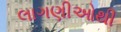
લાગણીઓથી